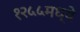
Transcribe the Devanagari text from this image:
१२५५मध्ये